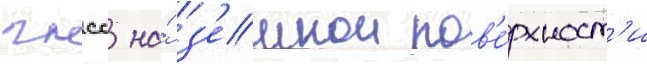
гнсс на́ з'емнои пов'е́рхност'и